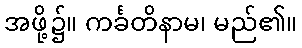
အဖို့၌။ ကင်္ခတိနာမ၊ မည်၏။